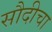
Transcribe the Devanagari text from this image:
सौदीचा